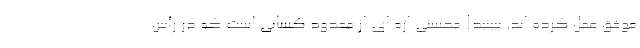
موفق عمل کرده اند. ببینید! محسنی اژه ای از معدود کسانی است که در رأسِ